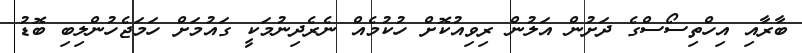
ބާރާއި އިހްތިސޯސްގެ ދަށުން އަލުން ރިވިއުކޮށް ހުކުމެއް ނެރެދިނުމަކީ ގައުމަށް ހަމަޖެހުންލިބި ބޮޑު